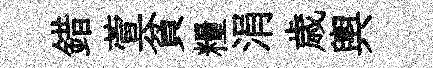
錯萱貧糧涓歳輿